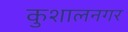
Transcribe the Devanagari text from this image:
कुशालनगर